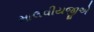
માલવીયજીએ